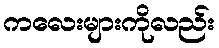
ကလေးများကိုလည်း